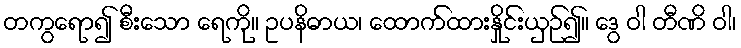
တကွရော၍ စီးသော ရေကို။ ဥပနိဓာယ၊ ထောက်ထားနှိုင်းယှဉ်၍။ ဒွေ ဝါ တီဏိ ဝါ၊